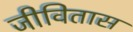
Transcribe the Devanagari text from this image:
जीवितास